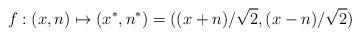
LaTeX: \begin{align*}f:(x,n)\mapsto (x^*,n^*)=((x+n)/\sqrt{2},(x-n)/\sqrt{2})\end{align*}